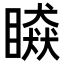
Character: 䁭